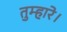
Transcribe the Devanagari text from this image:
तुम्हारे।